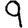
Digit: 9